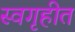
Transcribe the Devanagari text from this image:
स्वगृहीत